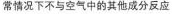
常情况下不与空气中的其他成分反应